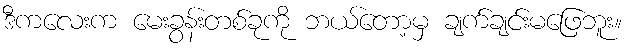
ဒီကလေးက မေးခွန်းတစ်ခုကို ဘယ်တော့မှ ချက်ချင်းမဖြေဘူး။